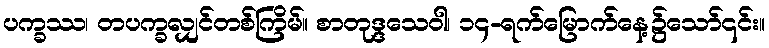
ပက္ခဿ၊ တပက္ခလျှင်တစ်ကြိမ်။ စာတုဒ္ဒသေဝါ၊ ၁၄-ရက်မြောက်နေ့၌သော်၎င်း။